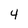
Character: 4